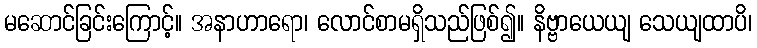
မဆောင်ခြင်းကြောင့်။ အနာဟာရော၊ လောင်စာမရှိသည်ဖြစ်၍။ နိဗ္ဗာယေယျ သေယျထာပိ၊